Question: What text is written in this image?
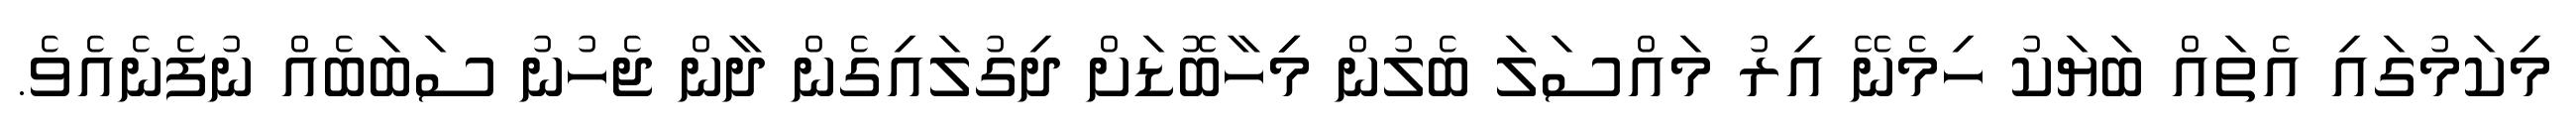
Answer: މިކަމުގައި އެތައް ބަޔަކު ހިމެނޭ އިރު މައްސަލަ ބެލުން މިިހާބޮޑަށް ދިގުލައިގެން ދާން ޖެހުނު ސަބަބެއް ނުފެނެއެވެ.